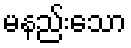
မနည်းသော